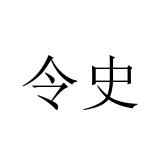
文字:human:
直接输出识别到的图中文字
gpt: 令史